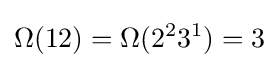
\Omega (12)=\Omega (2^{2}3^{1})=3